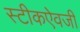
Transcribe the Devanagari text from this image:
स्टीकऐवजी